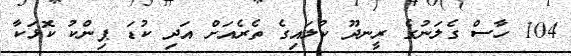
104 ހާސް ގެލަނުގެ ރީނދޫ ކުލައިގެ ތެރެއަށް އަދި ކުޑަ ޕިންކު ކޮޅަކާ